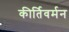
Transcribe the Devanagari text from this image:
कीर्तिवर्मन